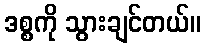
ဒစ္စကို သွားချင်တယ်။